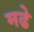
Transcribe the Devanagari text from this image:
मढे